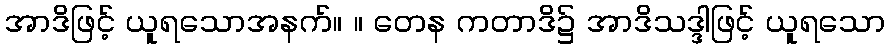
အာဒိဖြင့် ယူရသောအနက်။ ။ တေန ကတာဒိ၌ အာဒိသဒ္ဒါဖြင့် ယူရသော